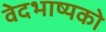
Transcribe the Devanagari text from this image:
वेदभाष्यको